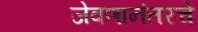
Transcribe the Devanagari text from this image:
जेवणानंतरचे